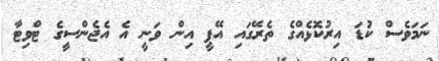
ނަމަވެސް ކުޑަ އިރުކޮޅެއްގެ ތެރޭގައި އޭޕީ އިން ވަނީ އެ އެޖެންސީގެ ޓްވިޓާ